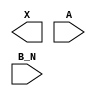
module sky130_fd_sc_lp__or2b (
    X  ,
    A  ,
    B_N
);

    output X  ;
    input  A  ;
    input  B_N;

    // Voltage supply signals
    supply1 VPWR;
    supply0 VGND;
    supply1 VPB ;
    supply0 VNB ;

endmodule